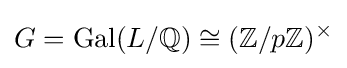
G=\operatorname {Gal} (L/\mathbb {Q} )\cong (\mathbb {Z} /p\mathbb {Z} )^{\times }